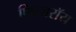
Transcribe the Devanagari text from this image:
फित्जरॉय